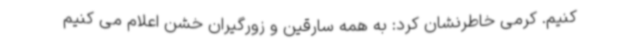
کنیم. کرمی خاطرنشان کرد: به همه سارقین و زورگیران خشن اعلام می کنیم